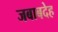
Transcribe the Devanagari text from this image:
जबाबदेह